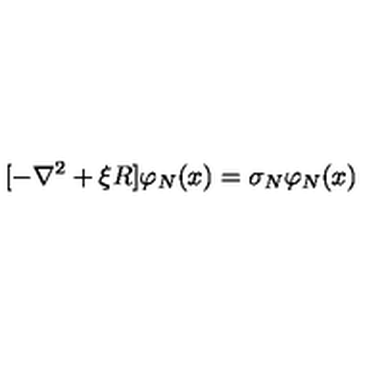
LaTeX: [ - \nabla ^ { 2 } + \xi R ] \varphi _ { N } ( x ) = \sigma _ { N } \varphi _ { N } ( x )